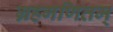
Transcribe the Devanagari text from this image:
ग्रहगणितम्